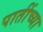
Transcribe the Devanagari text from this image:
पातींच्या